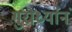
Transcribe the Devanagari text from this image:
गुरोर्ध्यानं